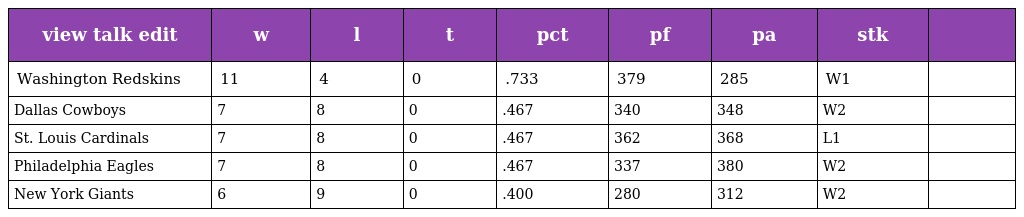
| view talk edit | w | l | t | pct | pf | pa | stk |  |
 | --- | --- | --- | --- | --- | --- | --- | --- | --- |
 | Washington Redskins | 11 | 4 | 0 | .733 | 379 | 285 | W1 |  |
 | Dallas Cowboys | 7 | 8 | 0 | .467 | 340 | 348 | W2 |  |
 | St. Louis Cardinals | 7 | 8 | 0 | .467 | 362 | 368 | L1 |  |
 | Philadelphia Eagles | 7 | 8 | 0 | .467 | 337 | 380 | W2 |  |
 | New York Giants | 6 | 9 | 0 | .400 | 280 | 312 | W2 |  |